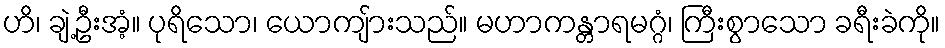
ဟိ၊ ချဲ့ဦးအံ့။ ပုရိသော၊ ယောကျ်ားသည်။ မဟာကန္တာရမဂ္ဂံ၊ ကြီးစွာသော ခရီးခဲကို။